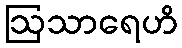
ဩသာရေဟိ